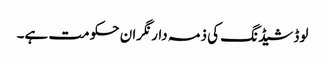
لوڈ شیڈنگ کی ذمہ دار نگران حکومت ہے۔